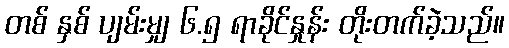
တစ် နှစ် ပျမ်းမျှ ၆.၅ ရာခိုင်နှုန်း တိုးတက်ခဲ့သည်။